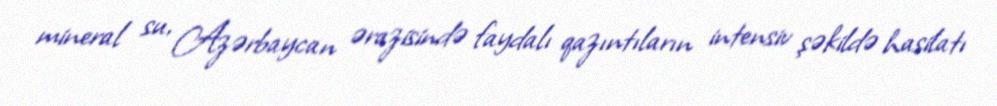
mineral su, Azərbaycan ərazisində faydalı qazıntıların intensiv şəkildə hasilatı